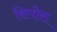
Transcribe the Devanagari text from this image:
सिपोरा